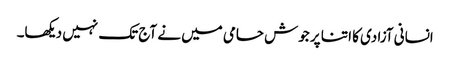
انسانی آزادی کا اتنا پر جوش حامی میں نے آج تک نہیں دیکھا۔